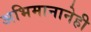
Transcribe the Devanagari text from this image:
अभिमानानेही